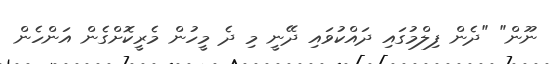
ނޫން" "ދެން ފިލްމުގައި ދައްކުވައި ދޭނީ މި ދެ މީހުން މެރީކޮށްގެން އަންހެން